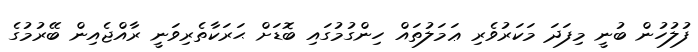
ފުލުހުން ބުނީ މިފަދަ މަކަރުވެރި ޢަމަލުތައް ހިންގުމުގައި ބޮޑަށް ޙަރަކާތެރިވަނީ ރާއްޖެއިން ބޭރުމުގެ